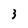
Character: 3